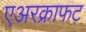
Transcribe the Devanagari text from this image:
एअरक्राफट